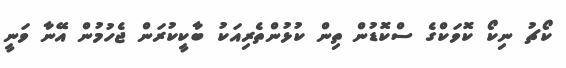
ކޯޗު ނިކޯ ކޮވަކްގެ ސްކޮޑުން ތިން ކުޅުންތެރިއަކު ބާކީކުރަން ޖެހުމުން އޭނާ ވަނީ